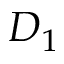
D _ { 1 }